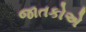
જાતકોએ